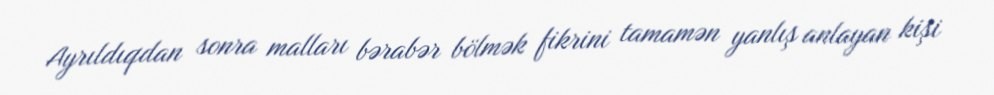
Ayrıldıqdan sonra malları bərabər bölmək fikrini tamamən yanlış anlayan kişi